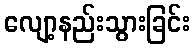
လျော့နည်းသွားခြင်း